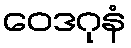
ဝေဒဂုနံ